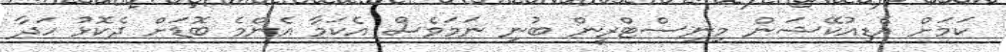
ކަމަށް އެޑިއުކޭޝަން މިނިސްޓްރީން ބުނި ނަމަވެސް އެކަމާ އެންމެ ބޮޑަށް ދެކޮޅު ހަދާ